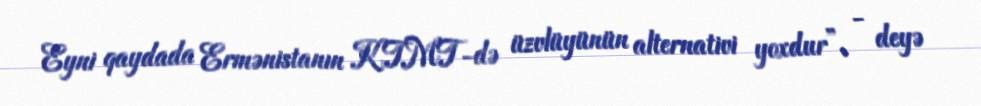
Eyni qaydada Ermənistanın KTMT-də üzvlüyünün alternativi yoxdur”, - deyə